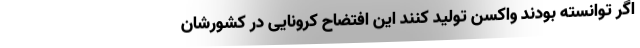
اگر توانسته بودند واکسن تولید کنند این افتضاح کرونایی در کشورشان